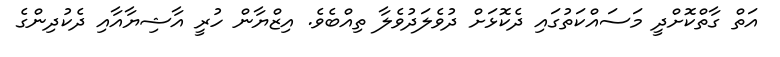
އަތް ގާތްކޮށްދީ މަސައްކަތުގައި ދެކޮޅަށް ދުވެލަދުވެލާ ތިއްބެވެ. އިޒްޔާން ހުރީ އާޝިޔާއާއި ދެކުދިންގެ